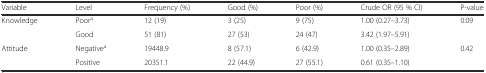
| Variable | Level | Frequency (%) | Good (%) | Poor (%) | Crude OR (95 % CI) | P-value |
 | --- | --- | --- | --- | --- | --- | --- |
 | <ROWSPAN=2> Knowledge | Poora | 12 (19) | 3 (25) | 9 (75) | 1.00 (0.27–3.73) | <ROWSPAN=2> 0.09 |
 | Good | 51 (81) | 27 (53) | 24 (47) | 3.42 (1.97–5.91) |
 | <ROWSPAN=2> Attitude | Negativea | 19448.9 | 8 (57.1) | 6 (42.9) | 1.00 (0.35–2.89) | <ROWSPAN=2> 0.42 |
 | Positive | 20351.1 | 22 (44.9) | 27 (55.1) | 0.61 (0.35–1.10) |